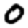
Digit: 0